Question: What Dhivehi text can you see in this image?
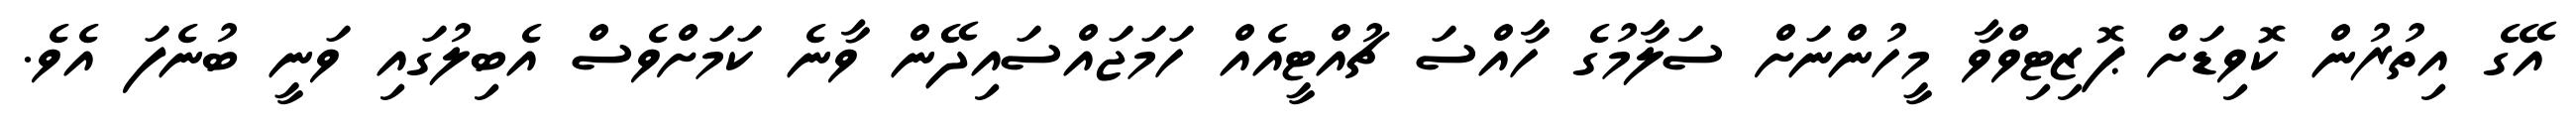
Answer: އޭގެ އިތުރުން ކޮވިޑަށް ޕޮޒިޓިވްވާ މީހުންނަށް ސަލާމުގެ ހާއްސަ ޗުއްޓީއެއް ހަމަޖައްސައިދޭން ވާނެ ކަމަށްވެސް އެބިލުގައި ވަނީ ބުނެފަ އެވެ.